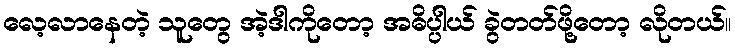
လေ့လာနေတဲ့ သူတွေ အဲ့ဒါကိုတော့ အဓိပ္ပါယ် ခွဲတတ်ဖို့တော့ လိုတယ်။